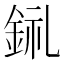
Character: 𨦂